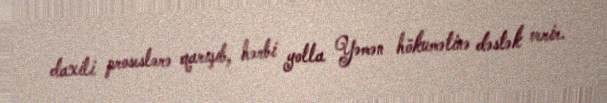
daxili proseslərə qarışıb, hərbi yolla Yəmən hökumətinə dəstək verir.